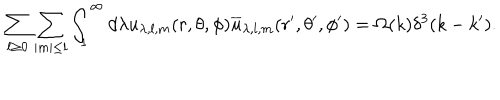
\sum _ { l \geq 0 } \sum _ { \mid m \mid \leq l } \int _ { 1 } ^ { \infty } d \lambda u _ { \lambda , l , m } ( r , \theta , \phi ) \overline { { { u } } } _ { \lambda , l , m } ( r ^ { \prime } , \theta ^ { \prime } , \phi ^ { \prime } ) = \Omega ( k ) \delta ^ { 3 } ( k - k ^ { \prime } ) .